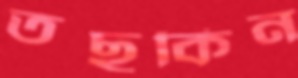
তছকিন